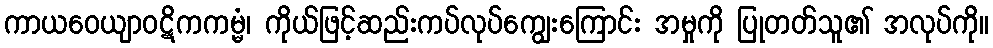
ကာယဝေယျာဝဋိကကမ္မံ၊ ကိုယ်ဖြင့်ဆည်းကပ်လုပ်ကျွေးကြောင်း အမှုကို ပြုတတ်သူ၏ အလုပ်ကို။